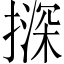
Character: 𪮨